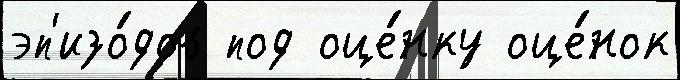
эп'изо́дов под оце́нку оце́нок